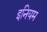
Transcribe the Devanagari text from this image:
इनियम